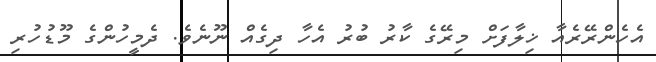
އެހެންރޭރެއާ ޚިލާފަށް މިރޭގެ ކާރު ބުރު އެހާ ދިގެއް ނޫނެވެ. ދެމީހުންގެ މޫޑުހުރި